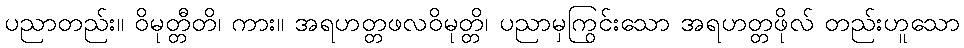
ပညာတည်း။ ဝိမုတ္တီတိ၊ ကား။ အရဟတ္တဖလဝိမုတ္တိ၊ ပညာမှကြွင်းသော အရဟတ္တဖိုလ် တည်းဟူသော